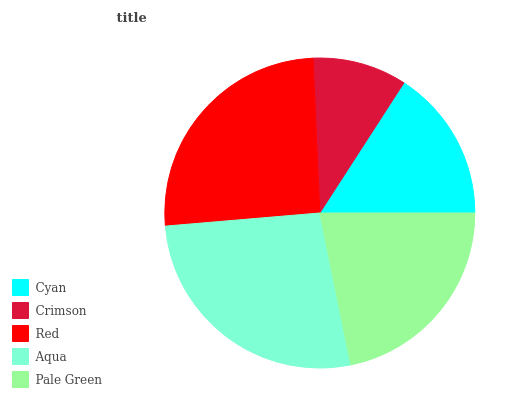
| Cyan | Crimson | Red | Aqua | Pale Green |
 | --- | --- | --- | --- | --- |
 | 15.9% | 9.82% | 25.6% | 26.9% | 21.8% |